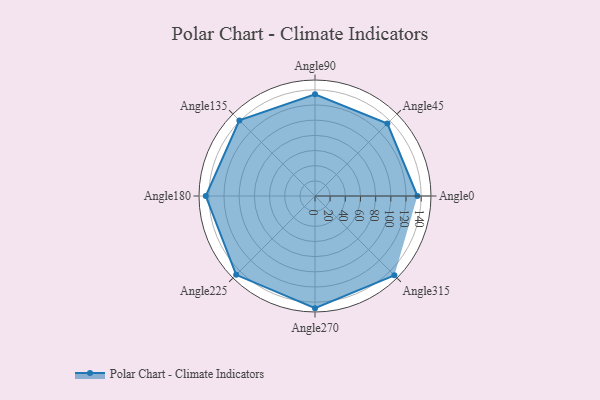
{"axis": {"x": "Angle", "y": "Radius"}, "legend": [""], "data": [{"x": "Angle0", "y": 135.0, "type": ""}, {"x": "Angle45", "y": 135.0, "type": ""}, {"x": "Angle90", "y": 134.0, "type": ""}, {"x": "Angle135", "y": 141.0, "type": ""}, {"x": "Angle180", "y": 144.0, "type": ""}, {"x": "Angle225", "y": 147.0, "type": ""}, {"x": "Angle270", "y": 148.0, "type": ""}, {"x": "Angle315", "y": 148.0, "type": ""}]}